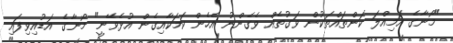
"މޯނާގެ އަމިއްލަ ކަންތައްތަކުން ވަގުތެއް ވެގެންނު އެހެން ކަމަކާއިގެން އުޅެވޭނީ" މޯނާގެ އަޑުއިވިފައި